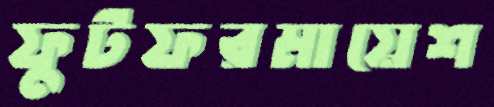
ফুটফরমায়েশ